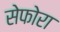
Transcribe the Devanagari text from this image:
सेफोरा